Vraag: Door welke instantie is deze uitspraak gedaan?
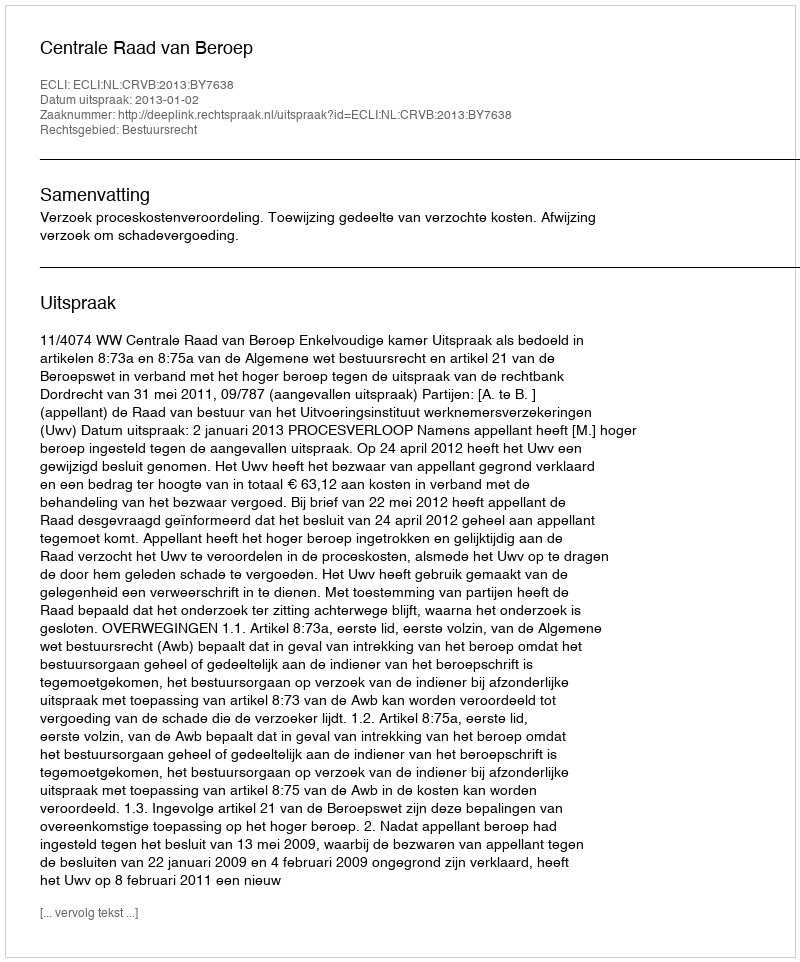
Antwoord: Centrale Raad van Beroep